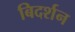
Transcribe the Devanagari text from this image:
बिदर्शन